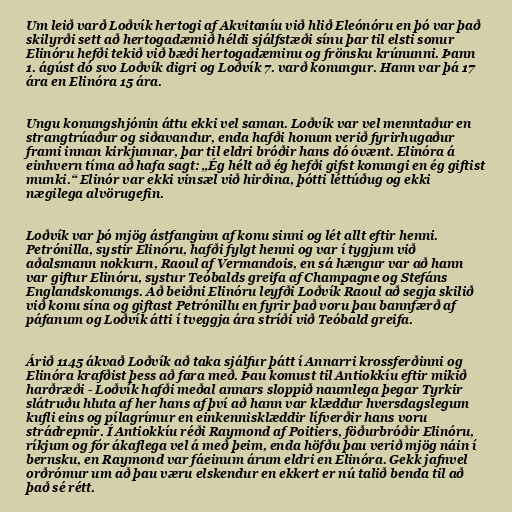
Um leið varð Loðvík hertogi af Akvitaníu við hlið Eleónóru en þó var það
skilyrði sett að hertogadæmið héldi sjálfstæði sínu þar til elsti sonur
Elinóru hefði tekið við bæði hertogadæminu og frönsku krúnunni. Þann
1. ágúst dó svo Loðvík digri og Loðvík 7. varð konungur. Hann var þá 17
ára en Elinóra 15 ára.

Ungu konungshjónin áttu ekki vel saman. Loðvík var vel menntaður en
strangtrúaður og siðavandur, enda hafði honum verið fyrirhugaður
frami innan kirkjunnar, þar til eldri bróðir hans dó óvænt. Elinóra á
einhvern tíma að hafa sagt: „Ég hélt að ég hefði gifst konungi en ég giftist
munki.“ Elinór var ekki vinsæl við hirðina, þótti léttúðug og ekki
nægilega alvörugefin.

Loðvík var þó mjög ástfanginn af konu sinni og lét allt eftir henni.
Petrónilla, systir Elinóru, hafði fylgt henni og var í tygjum við
aðalsmann nokkurn, Raoul af Vermandois, en sá hængur var að hann
var giftur Elinóru, systur Teóbalds greifa af Champagne og Stefáns
Englandskonungs. Að beiðni Elinóru leyfði Loðvík Raoul að segja skilið
við konu sína og giftast Petrónillu en fyrir það voru þau bannfærð af
páfanum og Loðvík átti í tveggja ára stríði við Teóbald greifa.

Árið 1145 ákvað Loðvík að taka sjálfur þátt í Annarri krossferðinni og
Elinóra krafðist þess að fara með. Þau komust til Antiokkíu eftir mikið
harðræði - Loðvík hafði meðal annars sloppið naumlega þegar Tyrkir
slátruðu hluta af her hans af því að hann var klæddur hversdagslegum
kufli eins og pílagrímur en einkennisklæddir lífverðir hans voru
strádrepnir. Í Antiokkíu réði Raymond af Poitiers, föðurbróðir Elinóru,
ríkjum og fór ákaflega vel á með þeim, enda höfðu þau verið mjög náin í
bernsku, en Raymond var fáeinum árum eldri en Elinóra. Gekk jafnvel
orðrómur um að þau væru elskendur en ekkert er nú talið benda til að
það sé rétt.